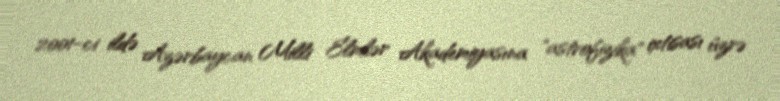
2001-ci ildə Azərbaycan Milli Elmlər Akademiyasına "astrofizika" ixtisası üzrə